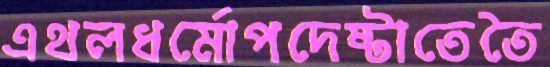
এথলধর্মোপদেষ্টাতেতৈ